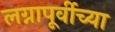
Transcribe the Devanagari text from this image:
लग्नापूर्वीच्या